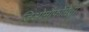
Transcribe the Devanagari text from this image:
जिओमौर्फोमेट्री